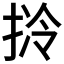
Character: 𱠃